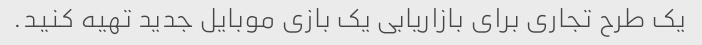
یک طرح تجاری برای بازاریابی یک بازی موبایل جدید تهیه کنید.